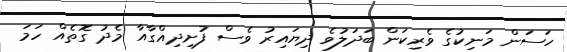
ހަސަން މަނިކުގެ ވެރިިކަން ބަދަލުވެ ދިޔައިރު ވެސް ފުށިދިއްގާއާ މެދު ގޮތެއް ހަމަ